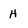
Character: H